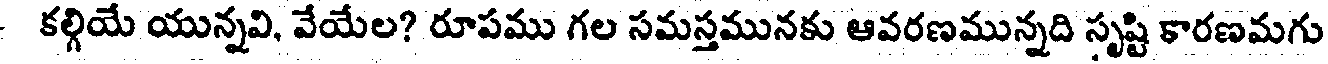
- కల్గియే యున్నవి, వేయేల? రూపము గల సమస్తమునకు ఆవరణమున్నది సృష్టి కారణమగు